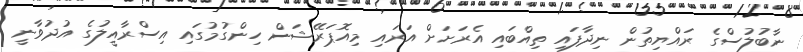
ނާބުލުސްގެ ރައްޔިތުން ނިދާފައި ތިއްބައި އެރަށަށް އަރައި މިއޮޕަރޭޝަން ހިންގުމުގައި އިސްރާއީލުގެ އުދުވާނީ